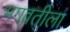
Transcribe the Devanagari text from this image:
भगवतीला